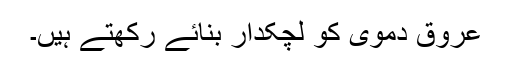
عروق دموی کو لچکدار بنائے رکھتے ہیں۔